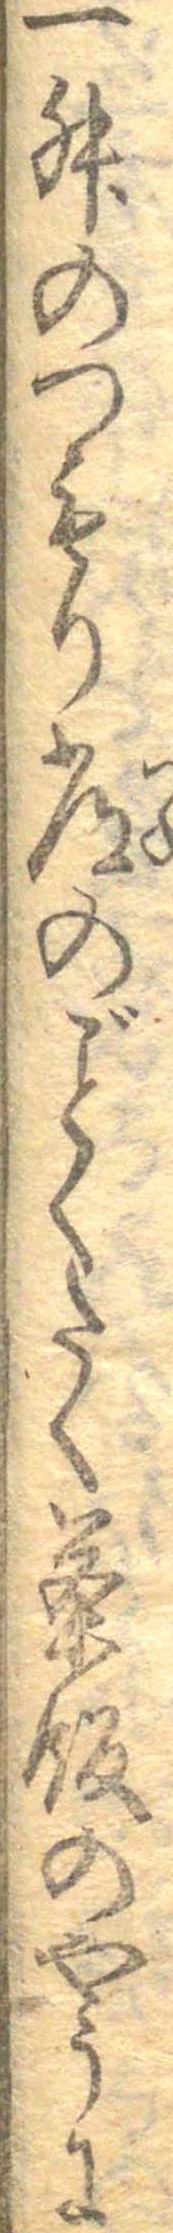
一升のつもり常のごとくたく茶飯のやうに